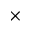
\times